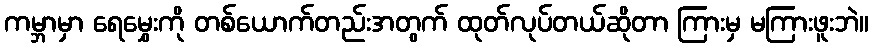
ကမ္ဘာမှာ ရေမွှေးကို တစ်ယောက်တည်းအတွက် ထုတ်လုပ်တယ်ဆိုတာ ကြားမှ မကြားဖူးဘဲ။